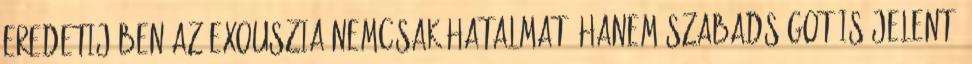
eredetijében az exouszia nemcsak hatalmat, hanem szabadságot is jelent,